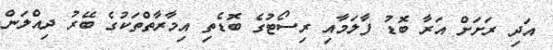
އަދި ރަށަށް އަރާ ބޮޑު ފާލަމާއި ރިސޯޓުގެ ބޮޑެތި އިމާރާތްތަކުގެ ބޭރު ދިއްލަން